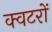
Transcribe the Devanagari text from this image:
क्वटरों